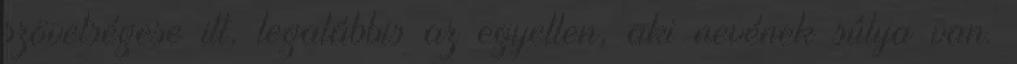
szövetségese itt, legalábbis az egyetlen, aki nevének súlya van.